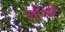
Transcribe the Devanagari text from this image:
लोअरे